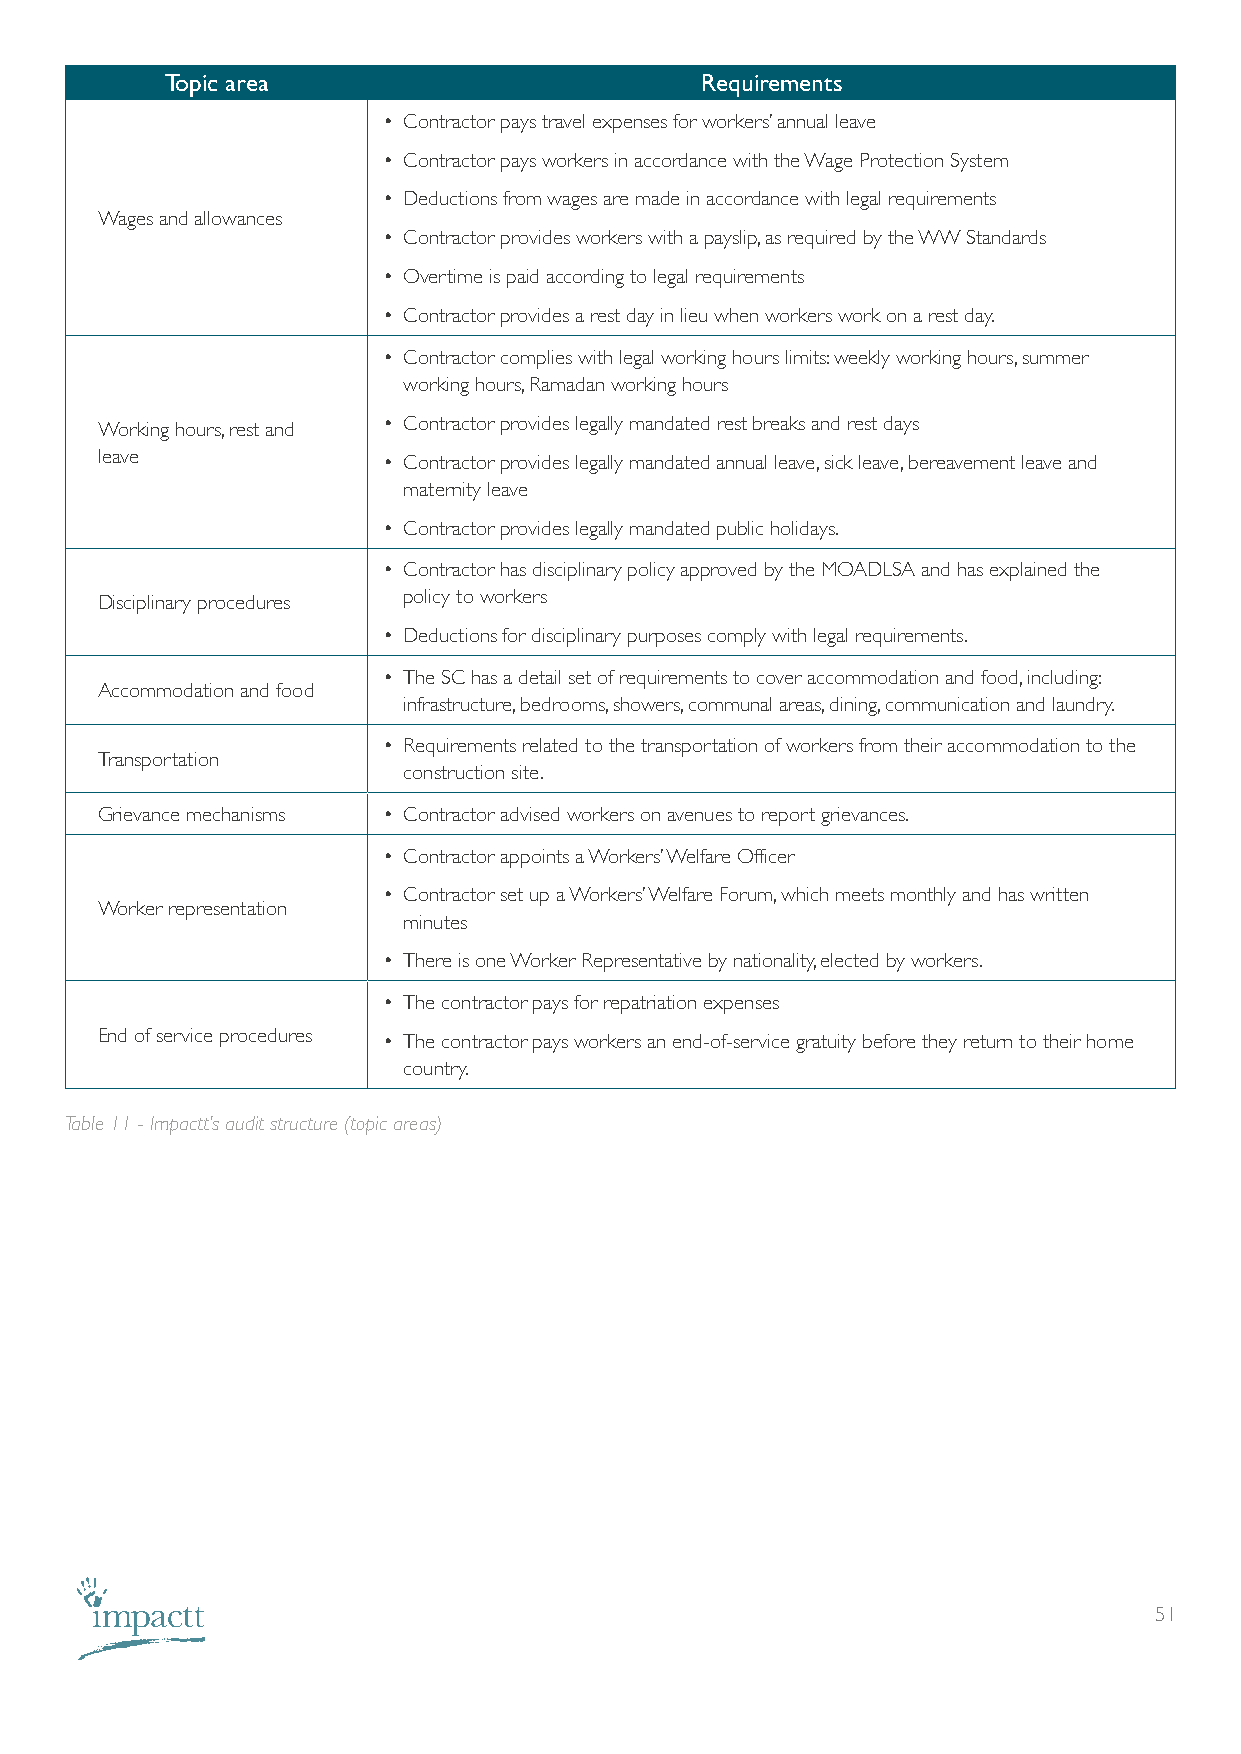
Topic area                         Requirements
 • Contractor pays travel expenses for workers’ annual leave
 • Contractor pays workers in accordance with the Wage Protection System
 • Deductions from wages are made in accordance with legal requirements
 Wages and allowances
 • Contractor provides workers with a payslip, as required by the WW Standards
 • Overtime is paid according to legal requirements
 • Contractor provides a rest day in lieu when workers work on a rest day.
 • Contractor complies with legal working hours limits: weekly working hours, summer
 working hours, Ramadan working hours
 Working hours, rest and • Contractor provides legally mandated rest breaks and rest days
 leave              • Contractor provides legally mandated annual leave, sick leave, bereavement leave and
 maternity leave
 • Contractor provides legally mandated public holidays.
 • Contractor has disciplinary policy approved by the MOADLSA and has explained the
 Disciplinary procedures policy to workers
 • Deductions for disciplinary purposes comply with legal requirements.
 • The SC has a detail set of requirements to cover accommodation and food, including:
 Accommodation and food
 infrastructure, bedrooms, showers, communal areas, dining, communication and laundry.
 • Requirements related to the transportation of workers from their accommodation to the
 Transportation
 construction site.
 Grievance mechanisms • Contractor advised workers on avenues to report grievances.
 • Contractor appoints a Workers’ Welfare Officer
 • Contractor set up a Workers’ Welfare Forum, which meets monthly and has written
 Worker representation
 minutes
 • There is one Worker Representative by nationality, elected by workers.
 • The contractor pays for repatriation expenses
 End of service procedures • The contractor pays workers an end-of-service gratuity before they return to their home
 country.
 Table 11 - Impactt’s audit structure (topic areas)
 51